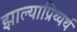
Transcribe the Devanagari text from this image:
झाल्याप्रिथ्यर्थ